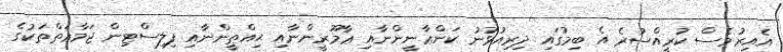
އެއިރުވެސް ކުރީއްސުރެ އެ ބިމުގައި ދިރިއުޅުނު ކަންޢާނީންނާއި ޢާމޫރީންނާއި ޙިއްޠީންނާއި ފިލިސްޓިން ޖަމާޢަތްތަކުގެ